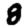
Digit: 8